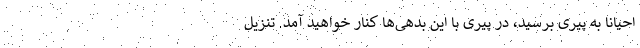
احیاناً به پیری برسید، در پیری با این بدهی‌ها کنار خواهید آمد. تنزیل